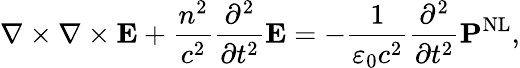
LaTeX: \nabla\times\nabla\times\mathbf{E}+{\frac{n^{2}}{c^{2}}}{\frac{\partial^{2}}{\partial t^{2}}}\mathbf{E}=-{\frac{1}{\varepsilon_{0}c^{2}}}{\frac{\partial^{2}}{\partial t^{2}}}\mathbf{P}^{\mathrm{NL}},